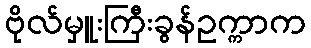
ဗိုလ်မှူးကြီးခွန်ဥက္ကာက